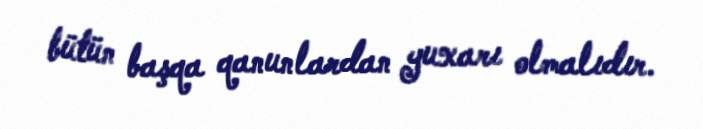
bütün başqa qanunlardan yuxarı olmalıdır.